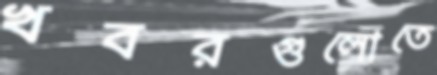
খবরগুলোতে